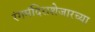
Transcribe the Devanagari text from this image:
रंगमंदिराशेजारच्या